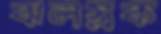
ঝলস্নক